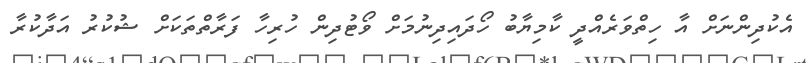
އެކުދިންނަށް އާ ހިތްވަރެއްދީ ކާމިޔާބު ހޯދައިދިނުމަށް ވޯޓުދިން ހުރިހާ ފަރާތްތަކަށް ޝުކުރު އަދާކުރާ